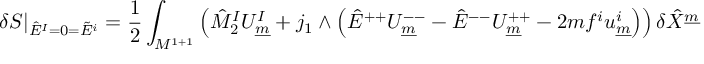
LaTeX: \delta S \vert _ { \hat { E } ^ { I } = 0 = \tilde { E } ^ { i } } = { \frac { 1 } { 2 } } \int _ { { \cal M } ^ { 1 + 1 } } \left( \hat { M } _ { 2 } ^ { I } U _ { \underline { { { m } } } } ^ { I } + j _ { 1 } \wedge \left( \hat { E } ^ { + + } U _ { \underline { { { m } } } } ^ { -- } - \hat { E } ^ { -- } U _ { \underline { { { m } } } } ^ { + + } - 2 m f ^ { i } u _ { \underline { { { m } } } } ^ { i } \right) \right) \delta \hat { X } ^ { \underline { { { m } } } }